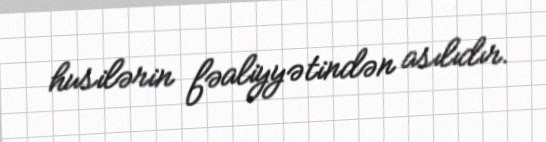
husilərin fəaliyyətindən asılıdır.